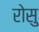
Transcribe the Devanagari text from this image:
रोसु